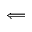
\Longleftarrow